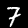
Digit: 7